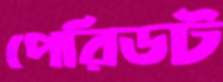
পেরিডট